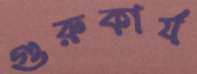
গুরুকার্য